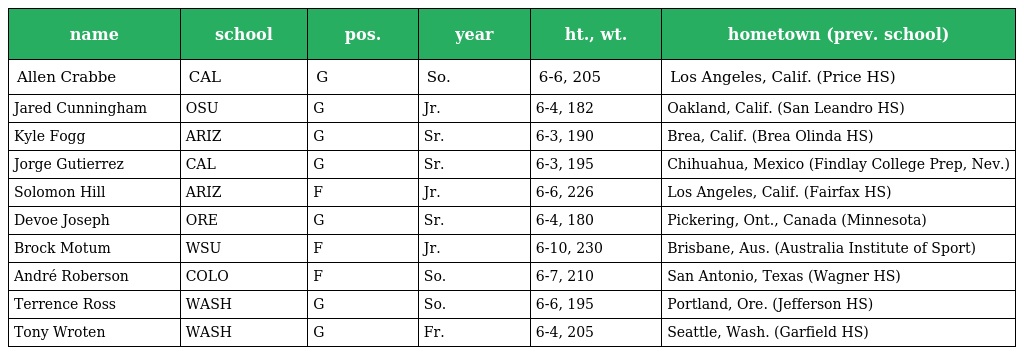
| name | school | pos. | year | ht., wt. | hometown (prev. school) |
 | --- | --- | --- | --- | --- | --- |
 | Allen Crabbe | CAL | G | So. | 6-6, 205 | Los Angeles, Calif. (Price HS) |
 | Jared Cunningham | OSU | G | Jr. | 6-4, 182 | Oakland, Calif. (San Leandro HS) |
 | Kyle Fogg | ARIZ | G | Sr. | 6-3, 190 | Brea, Calif. (Brea Olinda HS) |
 | Jorge Gutierrez | CAL | G | Sr. | 6-3, 195 | Chihuahua, Mexico (Findlay College Prep, Nev.) |
 | Solomon Hill | ARIZ | F | Jr. | 6-6, 226 | Los Angeles, Calif. (Fairfax HS) |
 | Devoe Joseph | ORE | G | Sr. | 6-4, 180 | Pickering, Ont., Canada (Minnesota) |
 | Brock Motum | WSU | F | Jr. | 6-10, 230 | Brisbane, Aus. (Australia Institute of Sport) |
 | André Roberson | COLO | F | So. | 6-7, 210 | San Antonio, Texas (Wagner HS) |
 | Terrence Ross | WASH | G | So. | 6-6, 195 | Portland, Ore. (Jefferson HS) |
 | Tony Wroten | WASH | G | Fr. | 6-4, 205 | Seattle, Wash. (Garfield HS) |